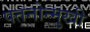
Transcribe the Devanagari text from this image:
पतनोन्मुखी